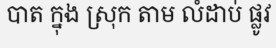
បាត ក្នុង ស្រុក តាម លំដាប់ ផ្លូវ